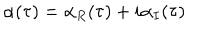
\: \alpha ( \tau ) = \alpha _ { R } ( \tau ) + i \alpha _ { I } ( \tau ) \: